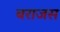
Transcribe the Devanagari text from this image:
बराजस